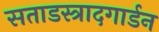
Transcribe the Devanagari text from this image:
सताडस्त्रादगार्डन